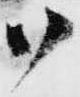
御